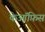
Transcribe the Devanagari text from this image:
केऑफ़िस